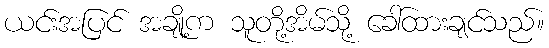
ယင်းအပြင် အချို့က သူတို့အိမ်သို့ ခေါ်ထားချင်သည်။